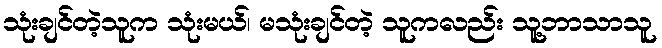
သုံးချင်တဲ့သူက သုံးမယ်၊ မသုံးချင်တဲ့ သူကလည်း သူ့ဘာသာသူ